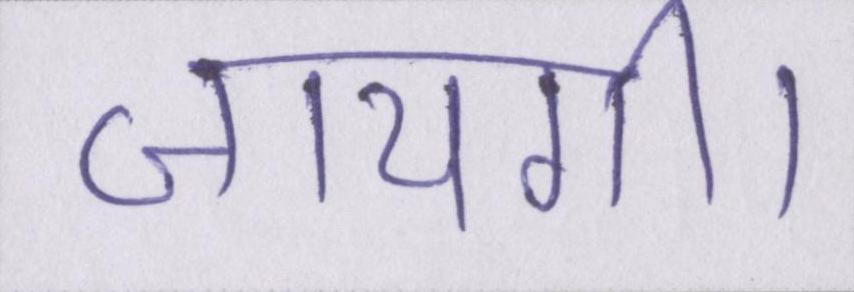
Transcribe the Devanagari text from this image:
जायगी।